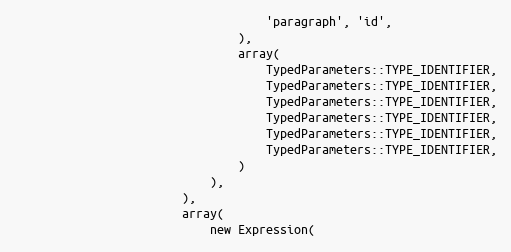
Language: PHP
                                    'paragraph', 'id',
                                ),
                                array(
                                    TypedParameters::TYPE_IDENTIFIER,
                                    TypedParameters::TYPE_IDENTIFIER,
                                    TypedParameters::TYPE_IDENTIFIER,
                                    TypedParameters::TYPE_IDENTIFIER,
                                    TypedParameters::TYPE_IDENTIFIER,
                                    TypedParameters::TYPE_IDENTIFIER,
                                )
                            ),
                        ),
                        array(
                            new Expression(